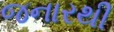
જનારથી